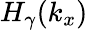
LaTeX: H_{\gamma}(k_{x})